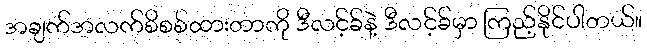
အချက်အလက်စိစစ်ထားတာကို ဒီလင့်ခ်နဲ့ ဒီလင့်ခ်မှာ ကြည့်နိုင်ပါတယ်။